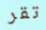
تقر